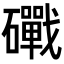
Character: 𥗜